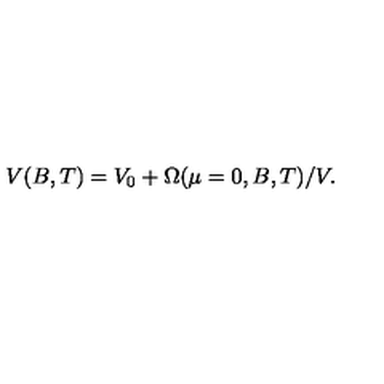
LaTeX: V ( B , T ) = V _ { 0 } + \Omega ( \mu = 0 , B , T ) / V .